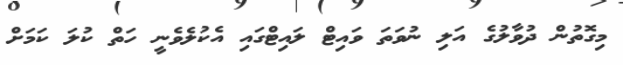
މިގޮތުން ދުވާލުގެ އަލި ނުވަތަ ވައިޓް ލައިޓްގައި އެކުލެވެނީ ހަތް ކުލަ ކަމަށް